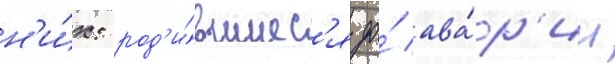
н'и́х: род'и́вшиес'я до́ ава́р'ии